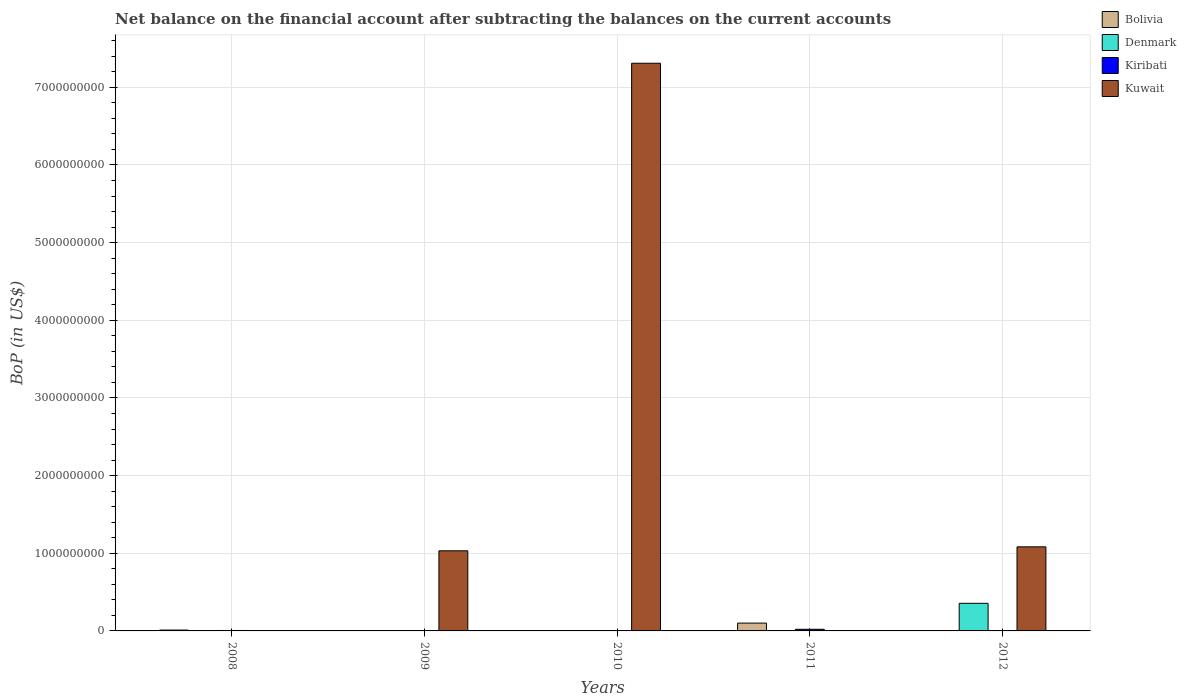
| Years | Bolivia | Denmark | Kiribati | Kuwait |
 | --- | --- | --- | --- | --- |
 | 2008 | 1.1e+07 | -1.31e+10 | 5.63e+06 | -1e+10 |
 | 2009 | -4.43e+08 | -3.41e+09 | 4.91e+06 | 1.03e+09 |
 | 2010 | -8.09e+08 | -1.93e+10 | -5.32e+06 | 7.31e+09 |
 | 2011 | 1.01e+08 | -2.52e+09 | 2.09e+07 | -4.62e+09 |
 | 2012 | -7.95e+08 | 3.55e+08 | 2.98e+06 | 1.08e+09 |